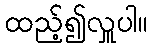
ထည့်၍လှူပါ။